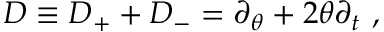
D \equiv D _ { + } + D _ { - } = \partial _ { \theta } + 2 \theta \partial _ { t } \ ,